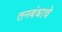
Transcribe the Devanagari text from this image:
तनबंधाचे